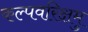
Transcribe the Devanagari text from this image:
कल्पवरिक्षमु